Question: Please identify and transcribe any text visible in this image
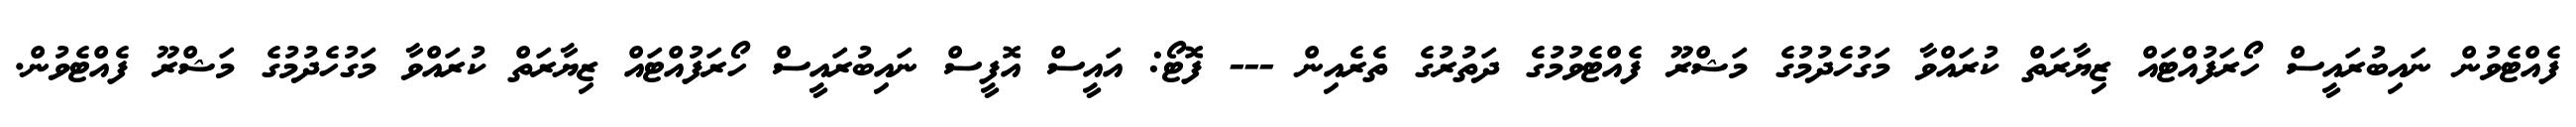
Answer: ފެއްޓެވުން ނައިބުރައީސް ހޯރަފުއްޓައް ޒިޔާރަތް ކުރައްވާ މަގުހެދުމުގެ މަޝްރޫ ފެއްޓެވުމުގެ ދަތުރުގެ ތެރެއިން --- ފޮޓޯ: އައީސް އޮފީސް ނައިބުރައީސް ހޯރަފުއްޓައް ޒިޔާރަތް ކުރައްވާ މަގުހެދުމުގެ މަޝްރޫ ފެއްޓެވުން.